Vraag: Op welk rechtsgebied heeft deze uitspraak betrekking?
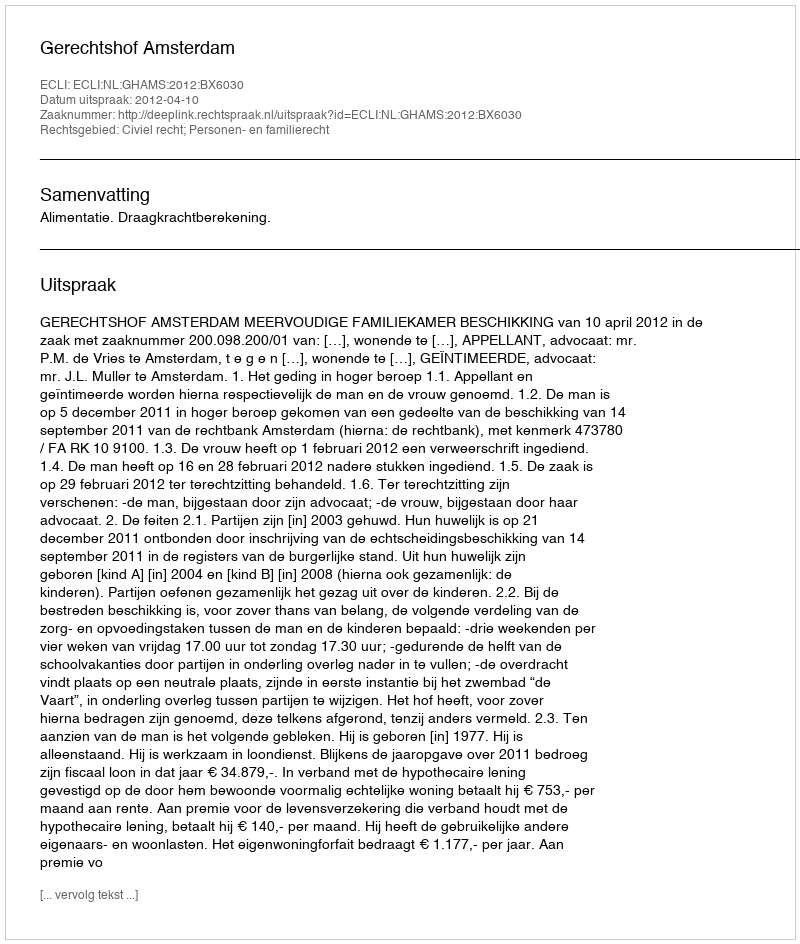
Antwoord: Civiel recht; Personen- en familierecht